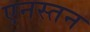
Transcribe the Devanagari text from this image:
एनस्तन